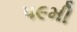
૫૯મી